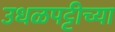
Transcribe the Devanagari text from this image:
उधळपट्टीच्या